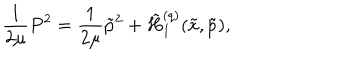
LaTeX: \frac { 1 } { 2 \mu } P ^ { 2 } = \frac { 1 } { 2 \mu } \tilde { p } ^ { 2 } + \tilde { H } _ { I } ^ { ( q ) } ( \tilde { x } , \tilde { p } ) ,